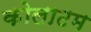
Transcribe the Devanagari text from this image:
कोलाटम